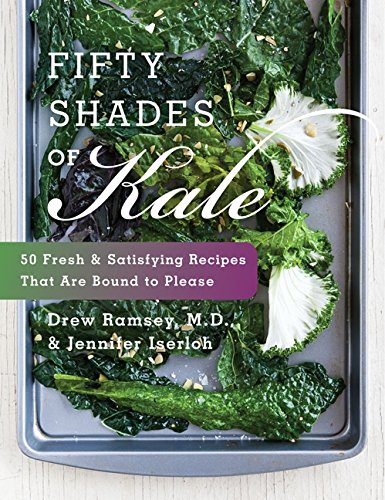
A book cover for Fifty Shades of Kale: 50 Fresh and Satisfying Recipes That Are Bound to Please; Drew, M.D. Ramsey; Cookbooks, Food & Wine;